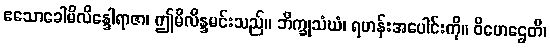
ဧသောခေါမိလိန္ဒေါရာဇာ၊ ဤမိလိန္ဒမင်းသည်။ ဘိက္ခုသံဃံ၊ ရဟန်းအပေါင်းကို။ ဝိဟေဌေတိ၊